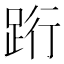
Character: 䟰